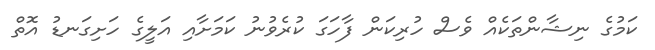
ކަމުގެ ނިޝާންތަކެއް ވެސް ހުރިކަން ފާހަގަ ކުރެވުނު ކަމަށާއި އަލީގެ ހަށިގަނޑު އޮތް